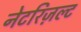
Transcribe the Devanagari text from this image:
नेटरिज़ल्ट